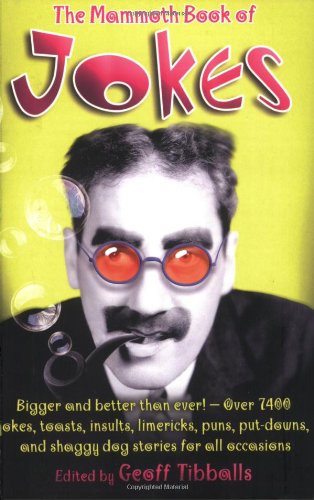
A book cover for The Mammoth Book of Jokes; Humor & Entertainment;